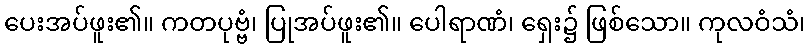
ပေးအပ်ဖူး၏။ ကတပုဗ္ဗံ၊ ပြုအပ်ဖူး၏။ ပေါရာဏံ၊ ရှေး၌ ဖြစ်သော။ ကုလဝံသံ၊